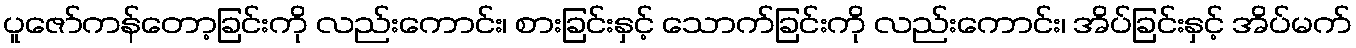
ပူဇော်ကန်တော့ခြင်းကို လည်းကောင်း၊ စားခြင်းနှင့် သောက်ခြင်းကို လည်းကောင်း၊ အိပ်ခြင်းနှင့် အိပ်မက်